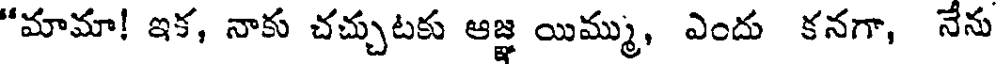
"మామా! ఇక, నాకు చచ్చుటకు ఆజ్ఞ యిమ్ము, ఎందు కనగా, నేను